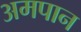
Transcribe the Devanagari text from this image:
अमपान